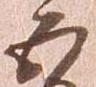
五